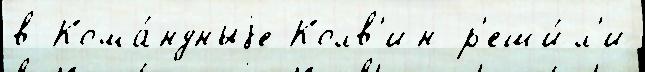
в Кома́ндныjе Колв'ин р'еши́л'и